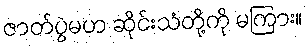
ဇာတ်ပွဲမဟ ဆိုင်းသံတို့ကို မကြား။